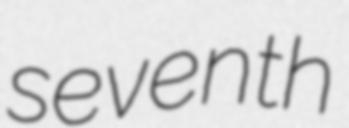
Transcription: seventh